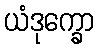
ယံဒုက္ခော